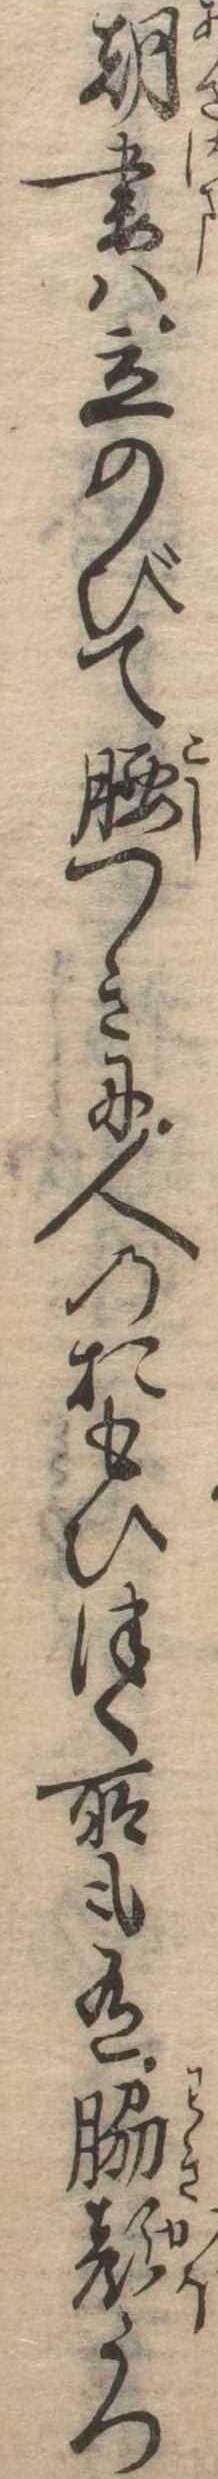
朝妻は立のびて腰つきに人のおもひつく所も有脇顔うつ